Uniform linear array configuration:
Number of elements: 64
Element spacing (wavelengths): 0.25
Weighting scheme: binomial
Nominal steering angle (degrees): -60
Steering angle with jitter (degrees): -60.213
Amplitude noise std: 0.05
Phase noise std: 0.05

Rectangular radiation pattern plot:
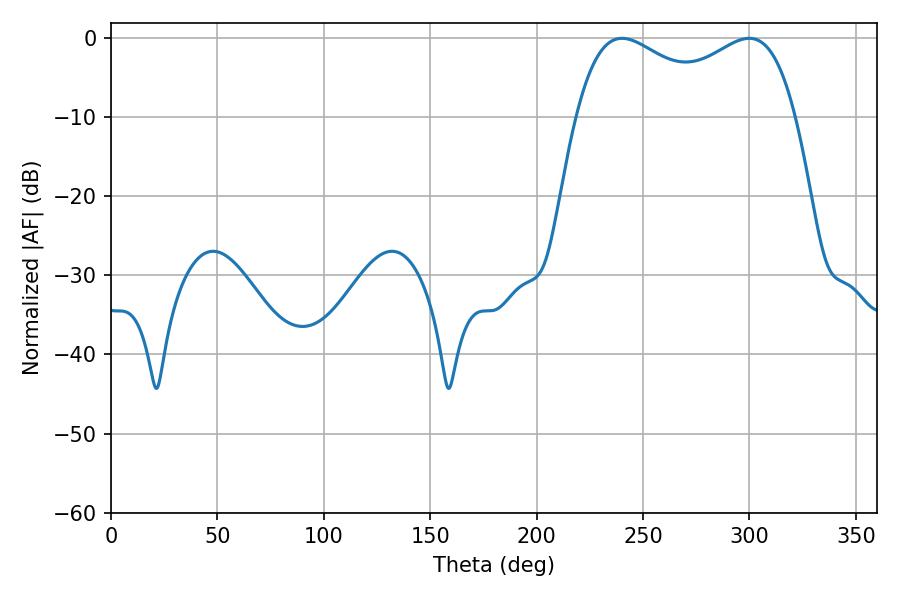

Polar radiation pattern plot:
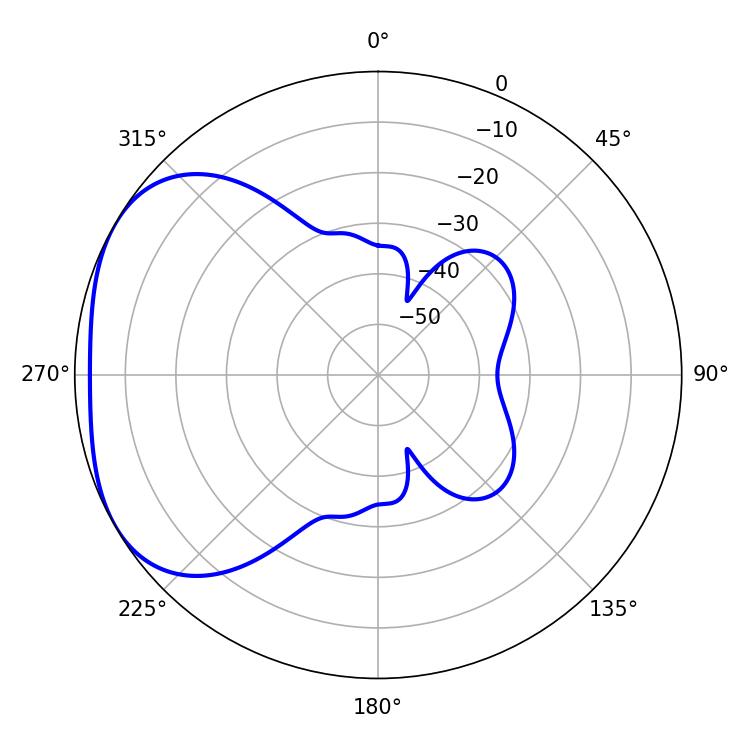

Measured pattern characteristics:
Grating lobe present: FALSE
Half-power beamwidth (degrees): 85.68
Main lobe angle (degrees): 299.88